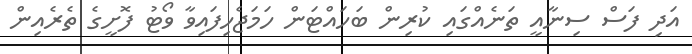
އަދި ފަސް ސިނާއީ ތަނެއްގައި ކުރިން ބަހައްޓަން ހަމަޖެހިފައިވާ ވޯޓު ފޮށީގެ ތެރެއިން